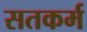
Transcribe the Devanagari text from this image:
सतकर्म